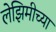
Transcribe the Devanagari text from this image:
लेझिमीच्या